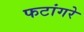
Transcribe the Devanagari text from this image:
फटांगरे